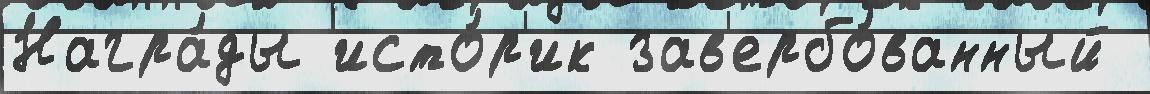
Награ́ды исто́р'ик зав'ербо́ванный